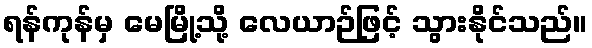
ရန်ကုန်မှ မေမြို့သို့ လေယာဉ်ဖြင့် သွားနိုင်သည်။